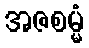
အဇစမ္မံ